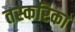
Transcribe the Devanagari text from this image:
तस्करिका